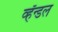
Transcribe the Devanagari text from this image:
व्हॅन्डल